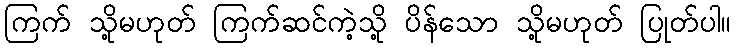
ကြက် သို့မဟုတ် ကြက်ဆင်ကဲ့သို့ ပိန်သော သို့မဟုတ် ပြုတ်ပါ။